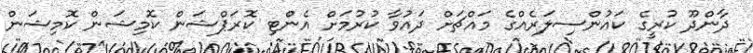
ދާންދޫ ކުރީގެ ކައުންސިލަރެއްގެ މައްޗަށް ދައުވާ ކުރުމަށް އެންޓި ކޮރަޕްޝަން ކޮމިޝަން ކޮމިޝަން